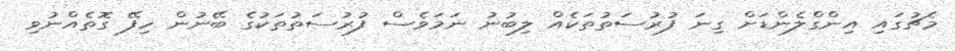
މެޗުގައި އިންގްލެންޑަށް ގިނަ ފުރުސަތުތަކެއް ލިބުނު ނަމަވެސް ފުރުސަތުތަކުގެ ބޭނުން ހިފޭ ގޮތެއްނުވި